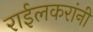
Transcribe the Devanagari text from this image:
राईलकरांनी